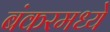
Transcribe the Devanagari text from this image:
बंकरमध्ये